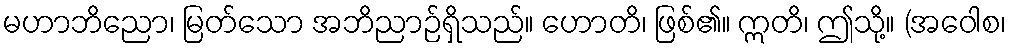
မဟာဘိညော၊ မြတ်သော အဘိညာဉ်ရှိသည်။ ဟောတိ၊ ဖြစ်၏။ ဣတိ၊ ဤသို့။ (အဝေါစ၊